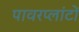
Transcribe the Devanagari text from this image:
पावरप्लांटों